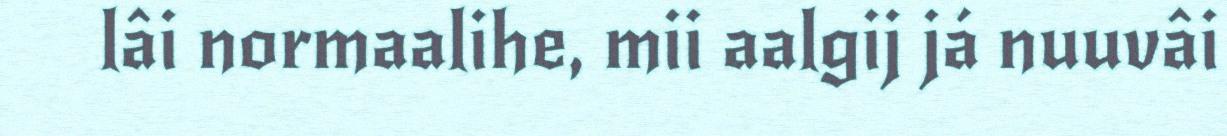
lâi normaalihe, mii aalgij já nuuvâi